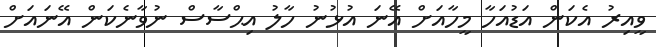
ވީއިރު އެކަން އަޑުއަހާ މީހާއަށް އޭނަ އުޅުނު ހާލު އިޙްސާސް ނުވާނެކަން އޭނައަށް